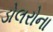
ડોલરોના